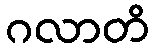
ဂလာတိ